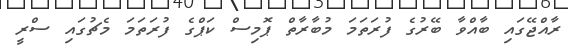
ރާއްޖޭގައި ބާއްވާ ބޭރުގެ ފުރަތަމަ މުބާރާތް ޕޮމިސް ކަޕްގެ ފުރަތަމަ މެޗުގައި ސްރީ